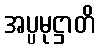
အပ္ပမုဋ္ဌာတိ